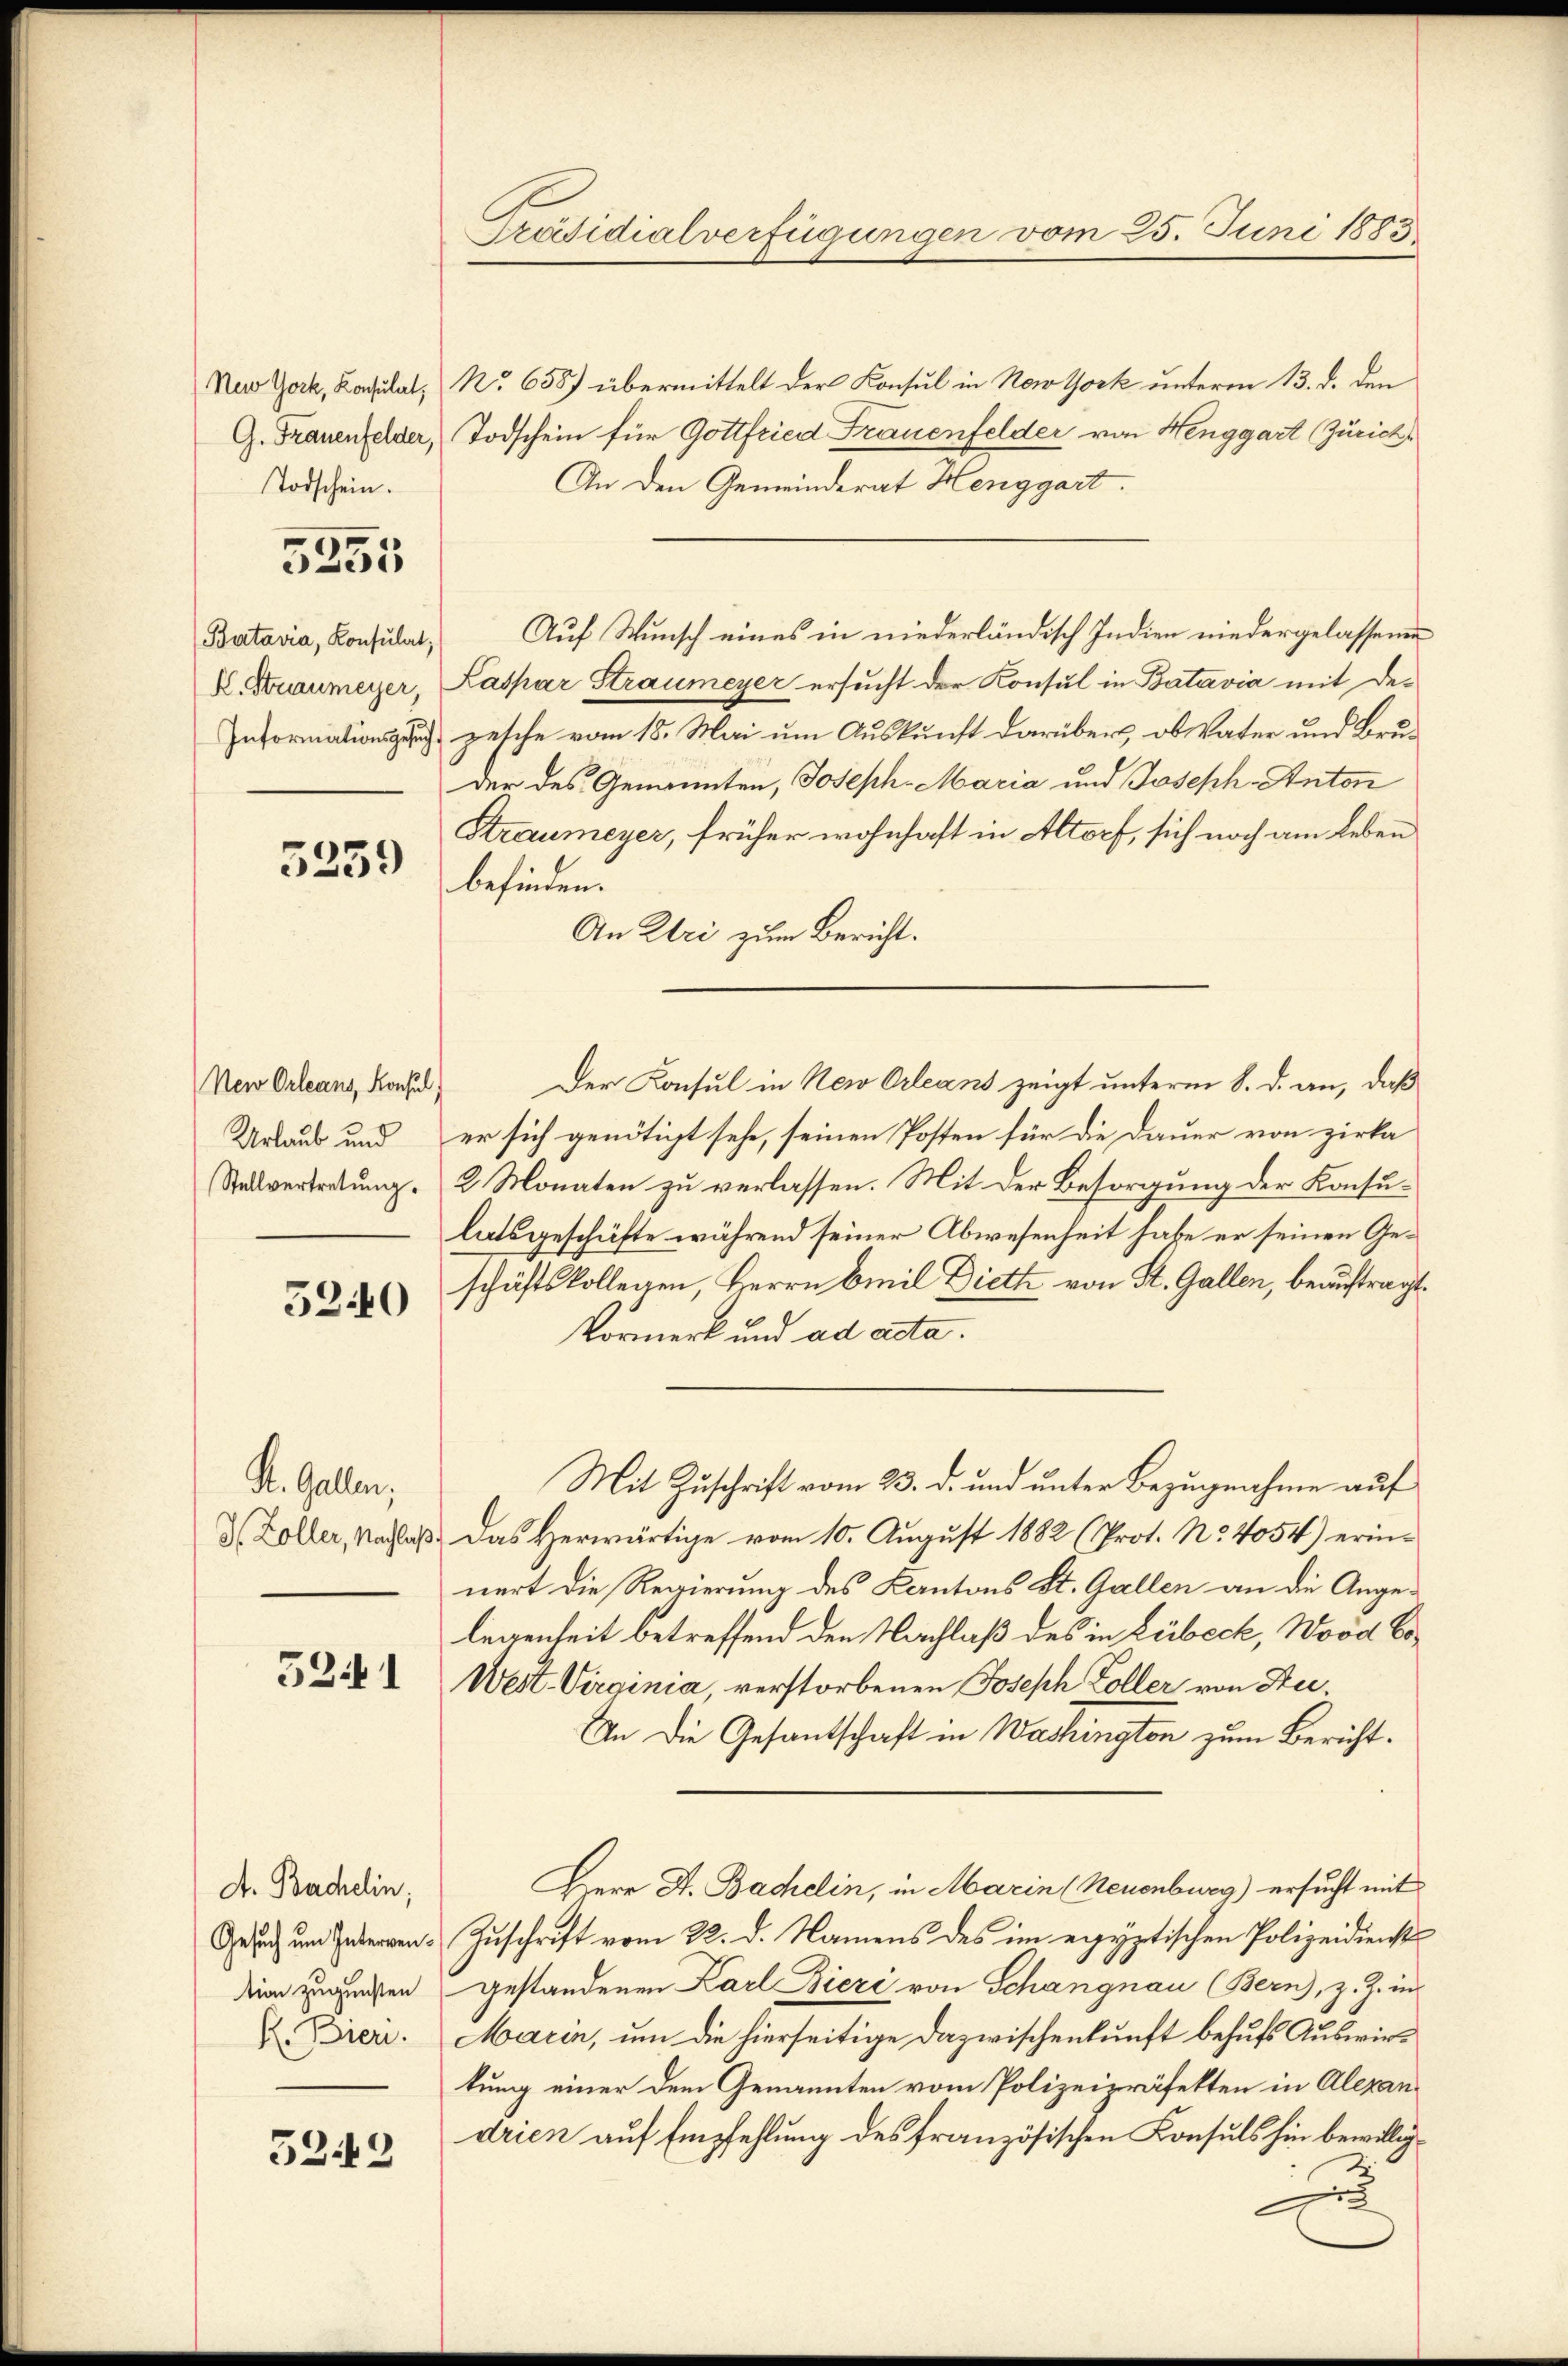
New York, Konsulat,
G. Frauenfelder,
Todschein.

5255

Batavia, Konsulat,
X. Straumeyer,
Informationsgesuch,

5259

Neu Orleans, Konsul
Urlaub und
Stellvertretung.

5240

K. Gallen,
H. Zoller, Nachlaß.

5241

A. Bachelin,
Gesuch um Intervention zugunsten
R. Bier.

5249

Präsidialverfügungen vom 25. Juni 1883

No 658) übermittelt der Konsul in New York unterm 13. d. den
Todschein für Gottfried Frauenfelder von Henggart (Zürich,
An den Gemeinderat Henggart.
Kaspar Straumeyer ersucht der Konsul in Batavia mit Dezesche vom 18. Mai um Auskunft darüber, ob Vater und Bruder des Genannten, Joseph Maria und Joseph Anton
Straumeyer, früher wohnhaft in Altorf, sich noch am Leben
befinden.
An Uri zum Bericht.
Der Konsul in New Orleans zeigt unterm 8. d. an, daß
er sich genötigt sehe, seinen Posten für die Dauer von zirka
2 Monaten zu verlassen. Mit der Besorgung der Konsulatsgeschäfte während seiner Abwesenheit habe er seinen Geschäftskollegen, Herrn Emil Dieth von St. Gallen, beauftragt.
Vormerk und ad acta.
Mit Zuschrift vom 23. d. und unter Bezugnahme auf
Das Herwärtige vom 10. August 1882 (Prot. No. 4054) erinnert die Regierung des Kantons St. Gallen an die Angelegenheit betreffend den Nachlaß des in Lübeck, Wood bo¬
Wert Virginia, verstorbenen Joseph Koller von Stu¬
An die Gesantschaft in Washington zum Bericht¬
Herr J. Bachelin, in Marin (Neuenburg) ersucht mit
Zuschrift vom 22. d. Namens des im erzyptischen Polizeidienst
gestandenen Karl Biere von Schangnau (Bern, z. Z. in
Marin, um die hierseitige Dazwischenkunft behufs Auswirkung einer dem Genannten vom Polizeipräfekten in Alexandrien auf Empfehlung des französischen Konsuls hin bewillige

Auf Wunsch eines in niederländisch Indien niedergelassenen